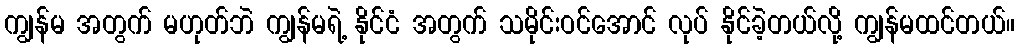
ကျွန်မ အတွက် မဟုတ်ဘဲ ကျွန်မရဲ့ နိုင်ငံ အတွက် သမိုင်းဝင်အောင် လုပ် နိုင်ခဲ့တယ်လို့ ကျွန်မထင်တယ်။